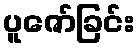
ပူဇော်ခြင်း